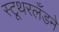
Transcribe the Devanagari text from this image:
स्टूथरलँडने